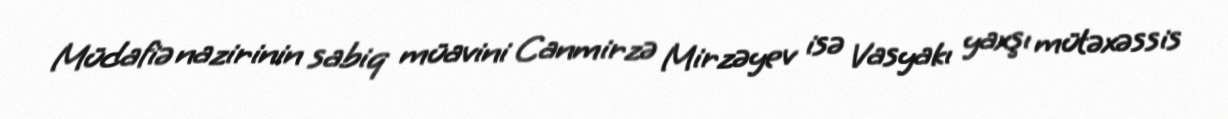
Müdafiə nazirinin sabiq müavini Canmirzə Mirzəyev isə Vasyakı yaxşı mütəxəssis